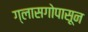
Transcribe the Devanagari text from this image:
ग्लासगोपासून